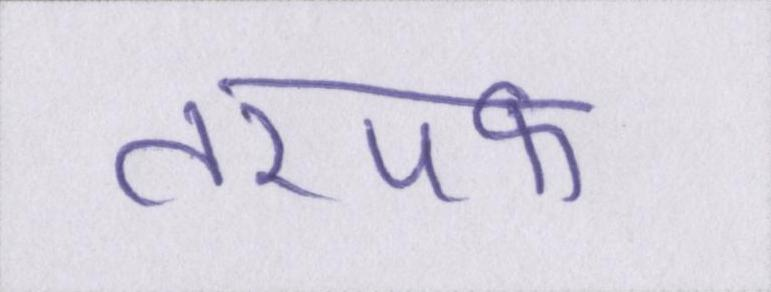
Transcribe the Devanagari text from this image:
तरपफ